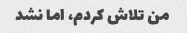
من تلاش کردم، اما نشد